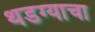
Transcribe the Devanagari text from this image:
थडग्याचा